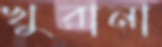
খুরানা